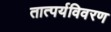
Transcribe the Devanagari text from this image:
तात्पर्यविवरण